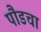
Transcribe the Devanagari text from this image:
पौडचा